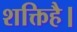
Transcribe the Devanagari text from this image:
शक्तिहै।